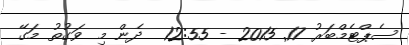
ސެޕްޓެމްބަރު 17